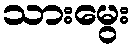
သားမွေး